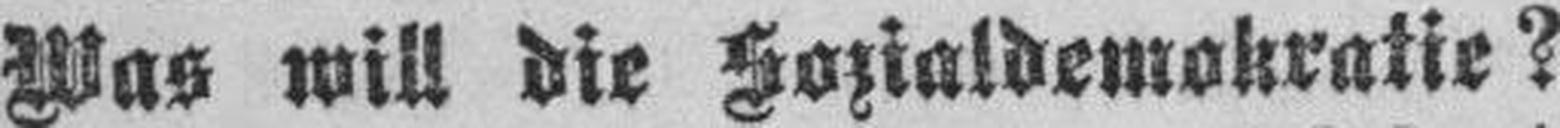
Was will die Sozialdemokratie?